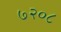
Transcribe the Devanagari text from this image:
७२०८